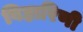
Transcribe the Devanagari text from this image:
विहारिणी